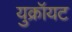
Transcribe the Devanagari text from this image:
युक्रॉयट